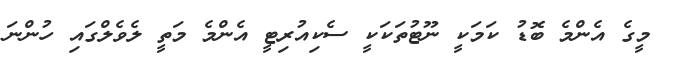
މީގެ އެންމެ ބޮޑު ކަމަކީ ނޫޓުތަކަކީ ސެކިއުރިޓީ އެންމެ މަތީ ލެވެލްގައި ހުންނަ